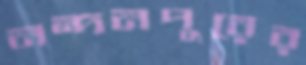
নন্দনপুরের